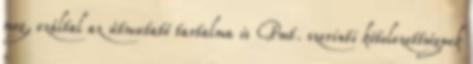
meg, ezáltal az útmutató tartalma is Pmt. szerinti kötelezettségnek